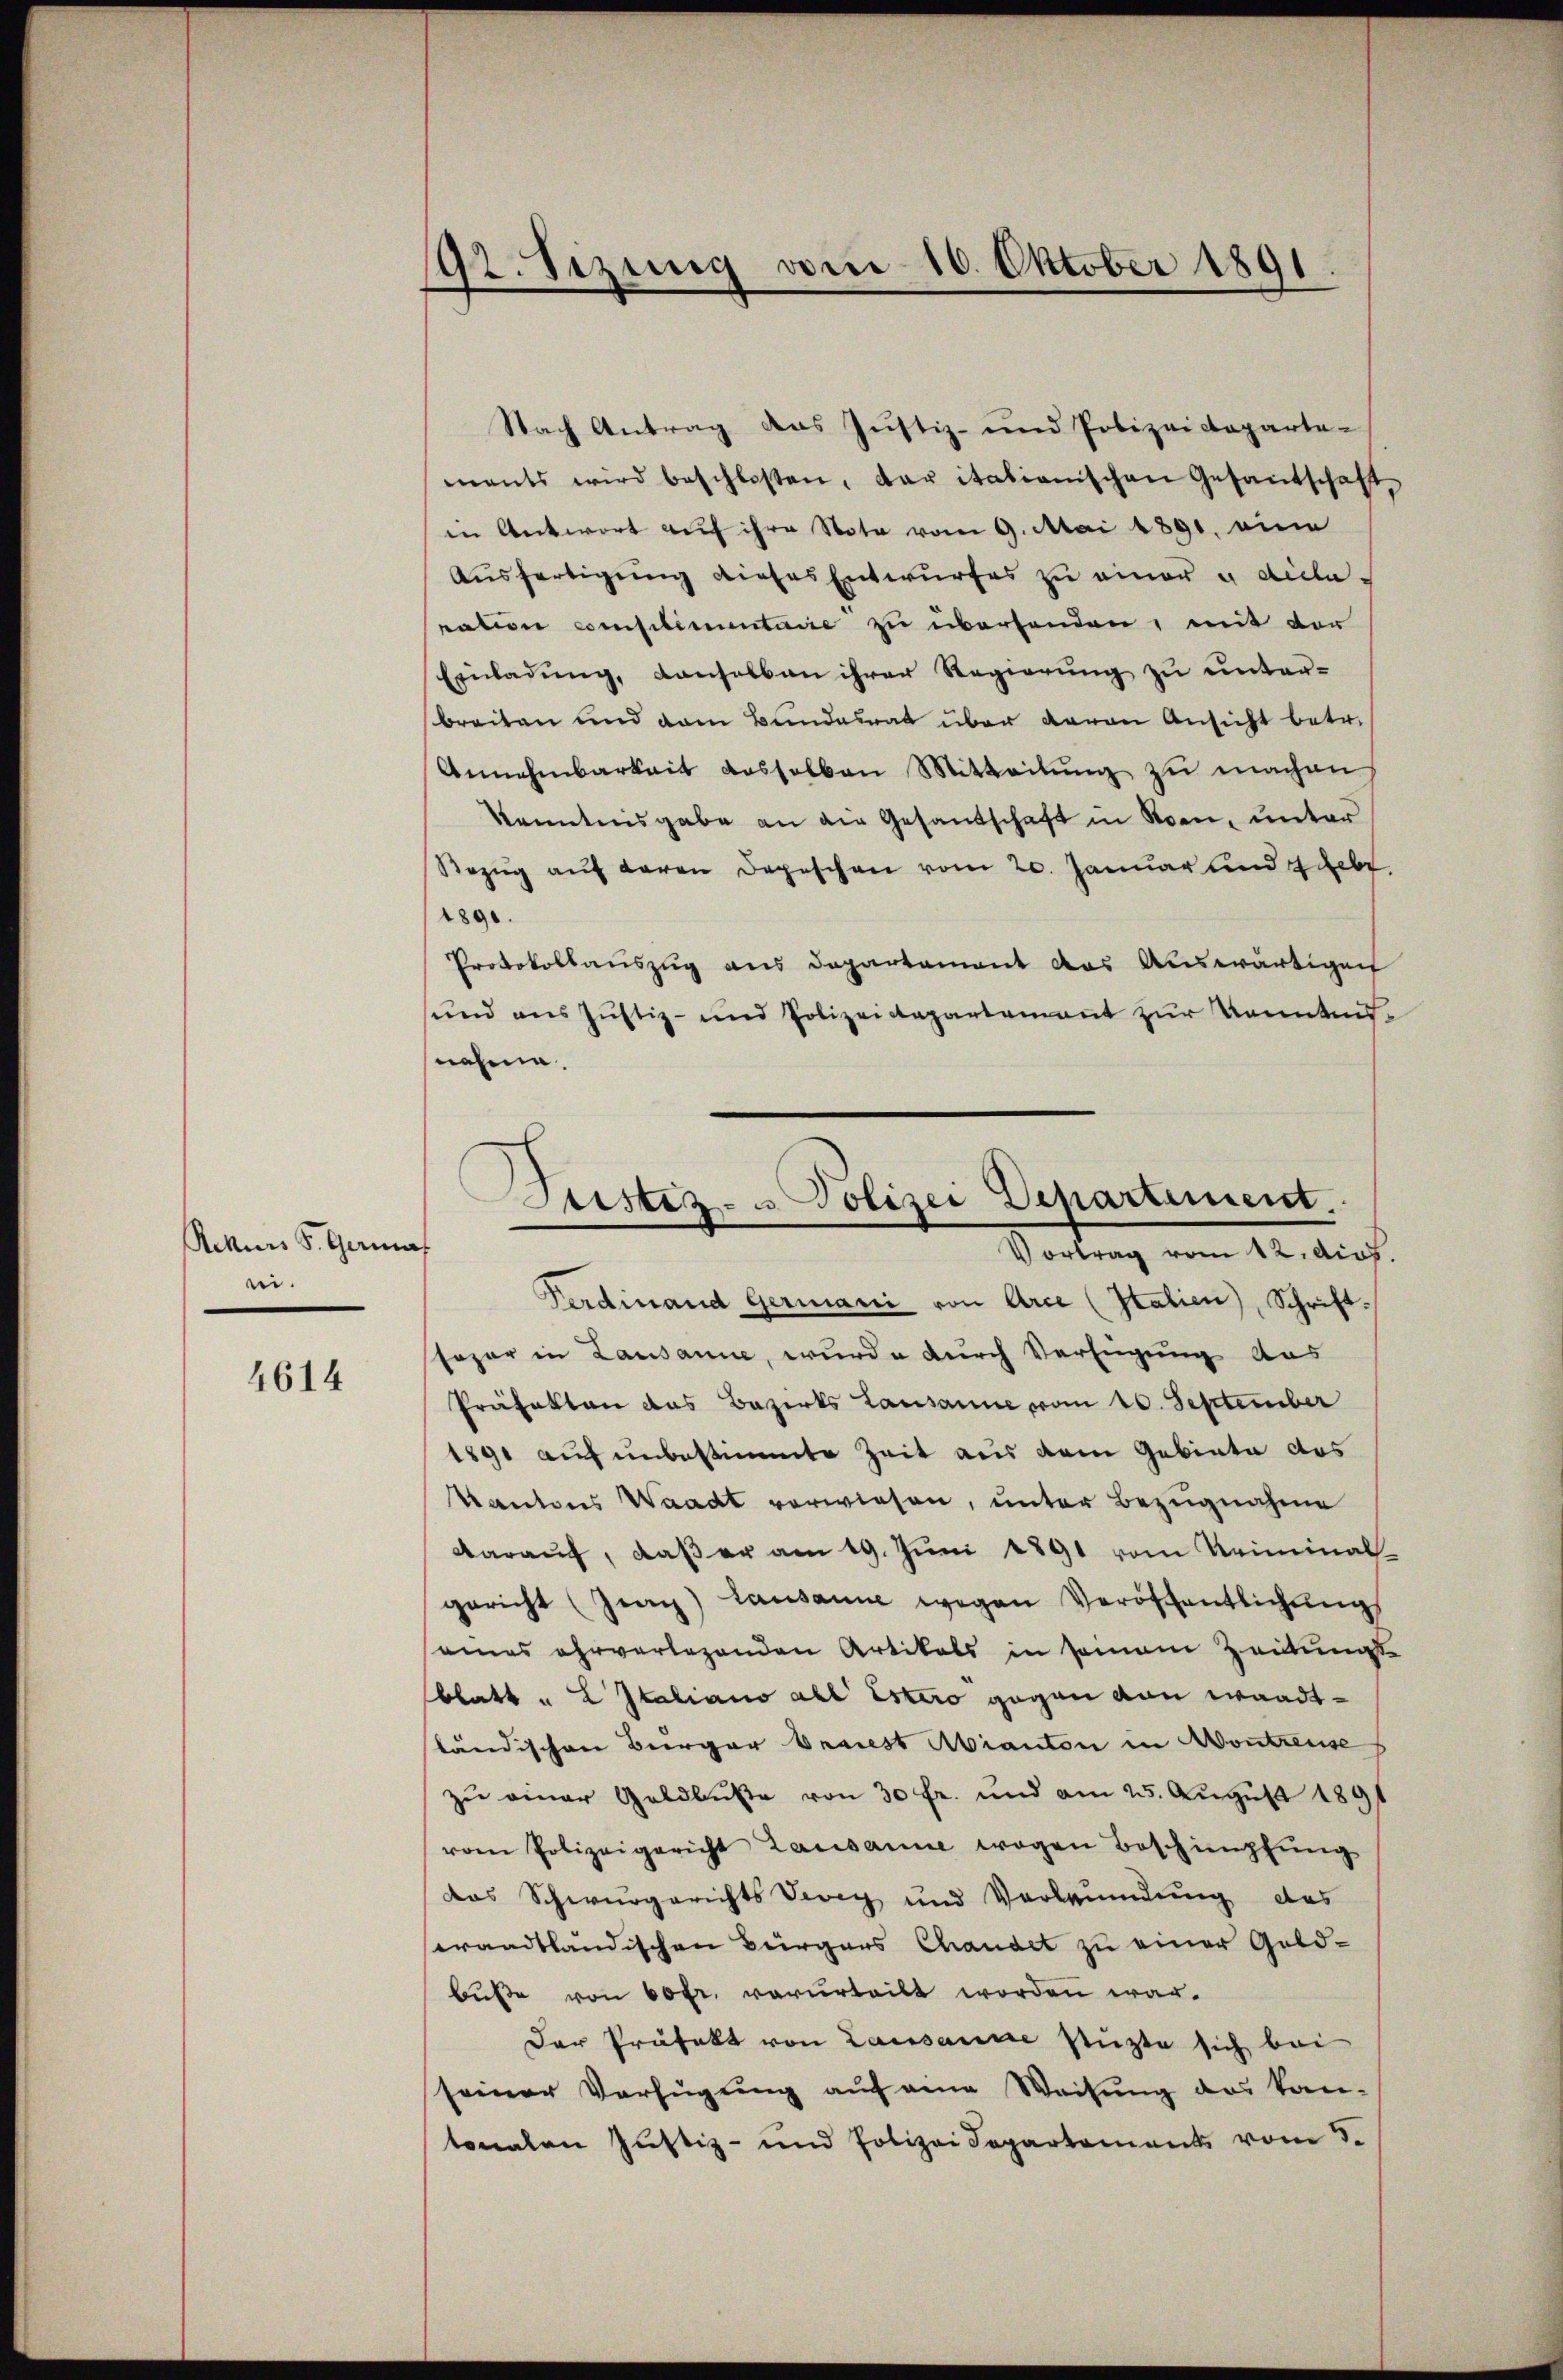
Rekurs S. Gerina
ei.

4614

192. Sezung vom 10. Oktober 1891

Nach Antrag das Justiz- und Polizeideparta-
mants wird beschlossen, der italienischen Gesantschaft
in Antwort auf ihre Note vom 9. Mai 1891. eine
Aŭsfertigŭng dieses Entwŭrfes zŭ einer u decla-
ration complimentarie zu überhanden, mit der
Einladung, denselben ihrer Regierung zu unterbreiten und dem Bundesrat über garan Ansicht betr.
Annehmbarkeit desselben Mitteilung zu machen.
kenntnisgabe an die Gesandschaft in Kren, unter
Bezŭg aŭf Baron Depeschen vom 20. Januar und 4 geb.
1890.
Protokollauszug aus Departement das Auswärtigen
und aus Justiz- und Polizeidepartement zur Kenntnis-
snahme.

Ferdinand Germanić von Arce (Statien), Schrift.
sogar in Lausanne, wurde durch Verfügung aus
Präfekten das Bezirks Lausanne vom 10. September
1891 auf unbestimmte Zeit aus dem Gebiete des
Kantons Waadt verwiesen, unter Bezugnahme
daraŭf, daβ er am 19. Jŭni 1891 vom Kriminal-
gericht (Jey) Lausanne wegen Veröffentlichung
eines ehrverlegenden Artikals in seinem Zeitungs-
blatt " L Italiano all Estero gegen von waadtländischen Beerger Praest Abianton in Kontreuse
zŭ einer Geldbŭβe von 30 fr. und am 25. Aŭgŭst 1891
vom Polizeigericht Lausanne wegen Beschimpfŭng
das Schwurgerichts Vevey und Verleumdung des
eraadtländischen Bürgers Chandet zu einer Geld-
bŭβe von 60fr. verurteilt worden war.
Der Präfekt von Lausanne stützte sich bei
seiner Verfügung auf eine Weisung des kan-
tonalen Justiz- und Polizei Separtement vom 3.

Justiz- u Polizei Departement.
Vortrag vom 12. dios.